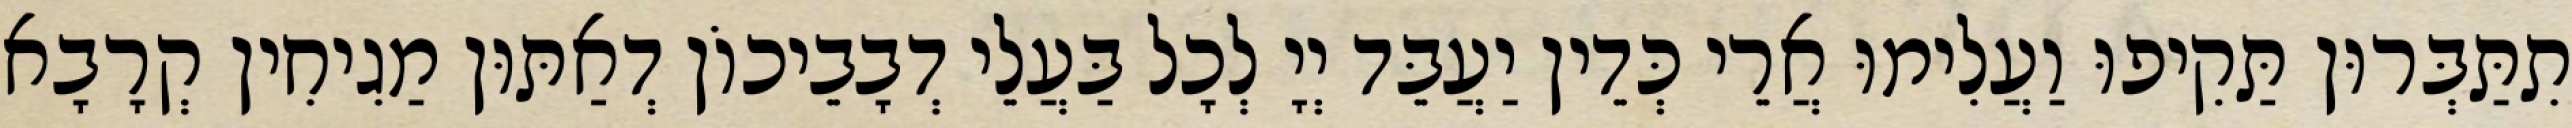
תִתַּבְּרוּן תַּקִיפוּ וַעֲלִימוּ אֲרֵי כְּדֵין יַעֲבֵּד יְיָ לְכָל בַּעֲלֵי דְבָבֵיכוֹן דְאַתּוּן מַגִיחִין קְרָבָא